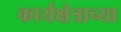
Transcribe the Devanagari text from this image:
कार्यक्षेत्राच्या